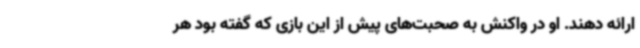
ارائه دهند. او در واکنش به صحبت‌های پیش از این بازی که گفته بود هر